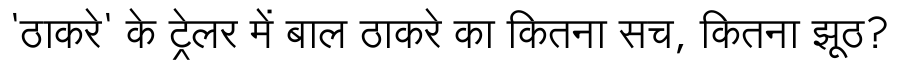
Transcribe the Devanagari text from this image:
'ठाकरे' के ट्रेलर में बाल ठाकरे का कितना सच, कितना झूठ?